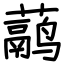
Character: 𬟁